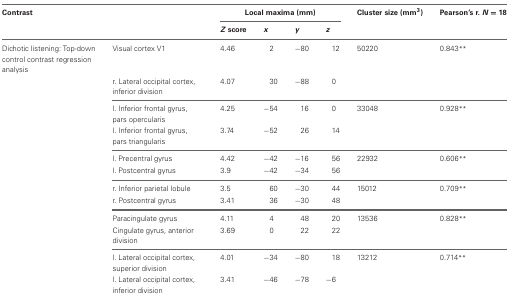
| Contrast |  | <COLSPAN=4> Local maxima (mm) | Cluster size (mm3) | Pearson's r. N = 18 |
 |  |  | Z score | x | y | z |  |  |
 | --- | --- | --- | --- | --- | --- | --- | --- |
 | Dichotic listening: Top-down control contrast regression analysis | Visual cortex V1 | 4.46 | 2 | −80 | 12 | 50220 | 0.843** |
 |  | r. Lateral occipital cortex, inferior division | 4.07 | 30 | −88 | 0 |  |  |
 |  | l. Inferior frontal gyrus, pars opercularis | 4.25 | −54 | 16 | 0 | 33048 | 0.928** |
 |  | l. Inferior frontal gyrus, pars triangularis | 3.74 | −52 | 26 | 14 |  |  |
 |  | l. Precentral gyrus | 4.42 | −42 | −16 | 56 | 22932 | 0.606** |
 |  | l. Postcentral gyrus | 3.9 | −42 | −34 | 56 |  |  |
 |  | r. Inferior parietal lobule | 3.5 | 60 | −30 | 44 | 15012 | 0.709** |
 |  | r. Postcentral gyrus | 3.41 | 36 | −30 | 48 |  |  |
 |  | Paracingulate gyrus | 4.11 | 4 | 48 | 20 | 13536 | 0.828** |
 |  | Cingulate gyrus, anterior division | 3.69 | 0 | 22 | 22 |  |  |
 |  | l. Lateral occipital cortex, superior division | 4.01 | −34 | −80 | 18 | 13212 | 0.714** |
 |  | l. Lateral occipital cortex, inferior division | 3.41 | −46 | −78 | −6 |  |  |